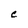
Character: C